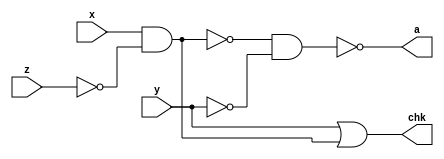
module Q2_2_ii(x,y,z,a,chk);
	input x,y,z;
	output a, chk;
	nand(h,z,z);
	nand(i,h,x);
	nand(j,y,y);
	nand(a,i,j);
	assign chk = (y|(x&(~z)));
endmodule